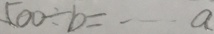
5 0 0 \div b = \cdots a